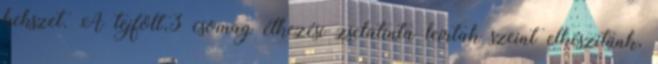
kekszet. A tejfölt,3 csomag étkezési zselatinta leírtak szeint elkészítünk,